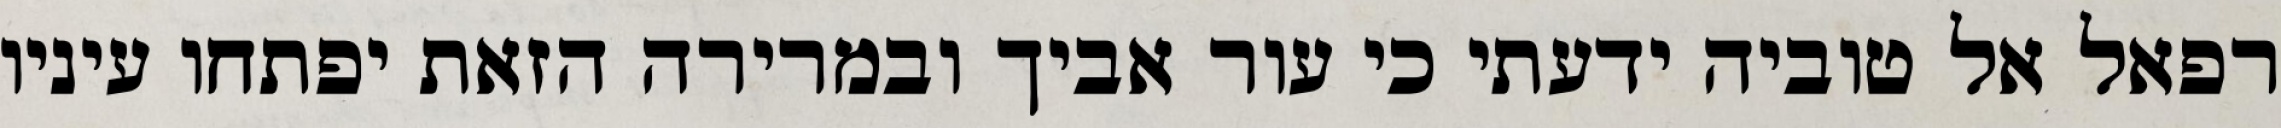
רפאל אל טוביה ידעתי כי עור אביך ובמרירה הזאת יפתחו עיניו